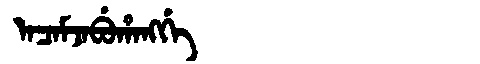
Manchu: ᠠᠴᠠᠮᠵᠠᠪᡠᡥᠠᠩᡤᡝ
Romanization: ACAMJABUHANGGE